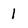
Character: I